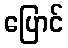
ပြောင်